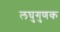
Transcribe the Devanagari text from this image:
लघुगुणक